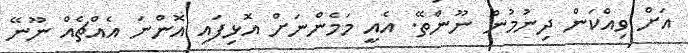
އަށް ވިއްކަން ދިނުމުން ނޫންތޭ. އެއީ މަމެންނަށް އޮޅިފައި އޮންނަ އެއްޗެއް ނޫނޭ